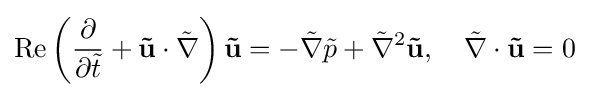
{\text{Re}}\left({\dfrac {\partial }{\partial {\tilde {t}}}}+\mathbf {\tilde {u}} \cdot {\tilde {\nabla }}\right)\mathbf {\tilde {u}} =-{\tilde {\nabla }}{\tilde {p}}+{\tilde {\nabla }}^{2}\mathbf {\tilde {u}} ,\quad {\tilde {\nabla }}\cdot \mathbf {\tilde {u}} =0